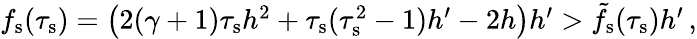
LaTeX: \begin{array}{r}{f_{\mathrm{s}}(\tau_{\mathrm{s}})=\big(2(\gamma+1)\tau_{\mathrm{s}}h^{2}+\tau_{\mathrm{s}}(\tau_{\mathrm{s}}^{2}-1)h^{\prime}-2h\big)h^{\prime}>\tilde{f}_{\mathrm{s}}(\tau_{\mathrm{s}})h^{\prime}\, ,}\end{array}